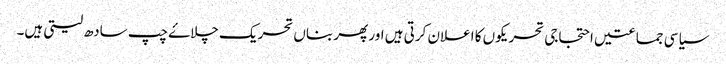
سیاسی جماعتیں احتجاجی تحریکوں کا اعلان کرتی ہیں اور پھر بناں تحریک چلاۓ چپ سادھ لیتی ہیں۔